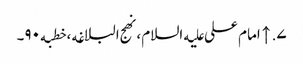
۷. ↑ امام علی علیه‌السلام، نهج البلاغه، خطبه۹۰۔